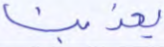
يعذبنا